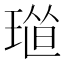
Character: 𤦴